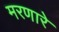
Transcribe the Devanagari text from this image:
मरणारे